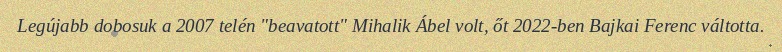
Legújabb dobosuk a 2007 telén "beavatott" Mihalik Ábel volt, őt 2022-ben Bajkai Ferenc váltotta.